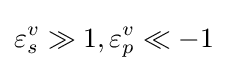
\varepsilon _{s}^{v}\gg 1,\varepsilon _{p}^{v}\ll -1